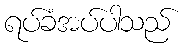
ရပ်ခံအပ်ပါသည်